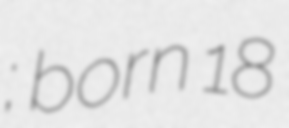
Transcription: Маковский; born 18